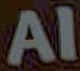
AI